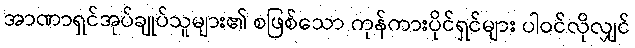
အာဏာရှင်အုပ်ချုပ်သူများ၏ စဖြစ်သော ကုန်ကားပိုင်ရှင်များ ပါဝင်လိုလျှင်